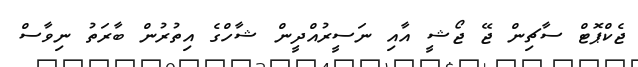
ޖެކްޕޮޓް ސާޗިން ޖޭ ޖޯޝީ އާއި ނަސީރުއްދީން ޝާހްގެ އިތުރުން ބާރަތު ނިވާސް